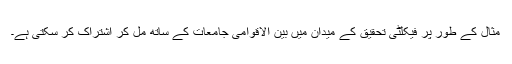
مثال کے طور پر فیکلٹی تحقیق کے میدان میں بین الاقوامی جامعات کے ساتھ مل کر اشتراک کر سکتی ہے۔